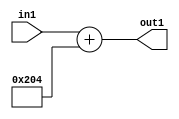
`timescale 1ps / 1ps
/*****************************************************************************
    Verilog RTL Description
    
    
    Created by: Stratus DpOpt 2019.1.01 
*******************************************************************************/

module DC_Filter_gen000003_4 (
	in1,
	out1
	); /* architecture "behavioural" */ 
input [8:0] in1;
output [10:0] out1;
wire [10:0] asc001;

assign asc001 = 
	+(in1)
	+(11'B01000000100);

assign out1 = asc001;
endmodule

/* CADENCE  ubH0SgA= : u9/ySgnWtBlWxVPRXgAZ4Og= ** DO NOT EDIT THIS LINE ******/